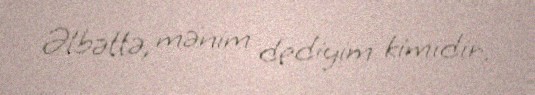
Əlbəttə, mənim dediyim kimidir.